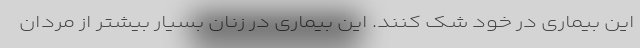
این بیماری در خود شک کنند. این بیماری در زنان بسیار بیشتر از مردان